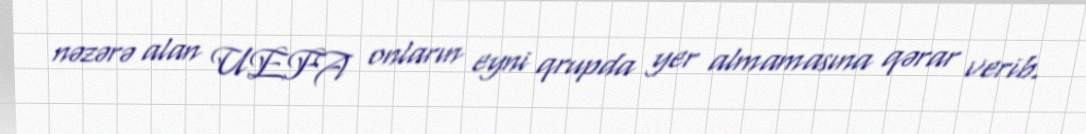
nəzərə alan UEFA onların eyni qrupda yer almamasına qərar verib.